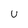
Character: U